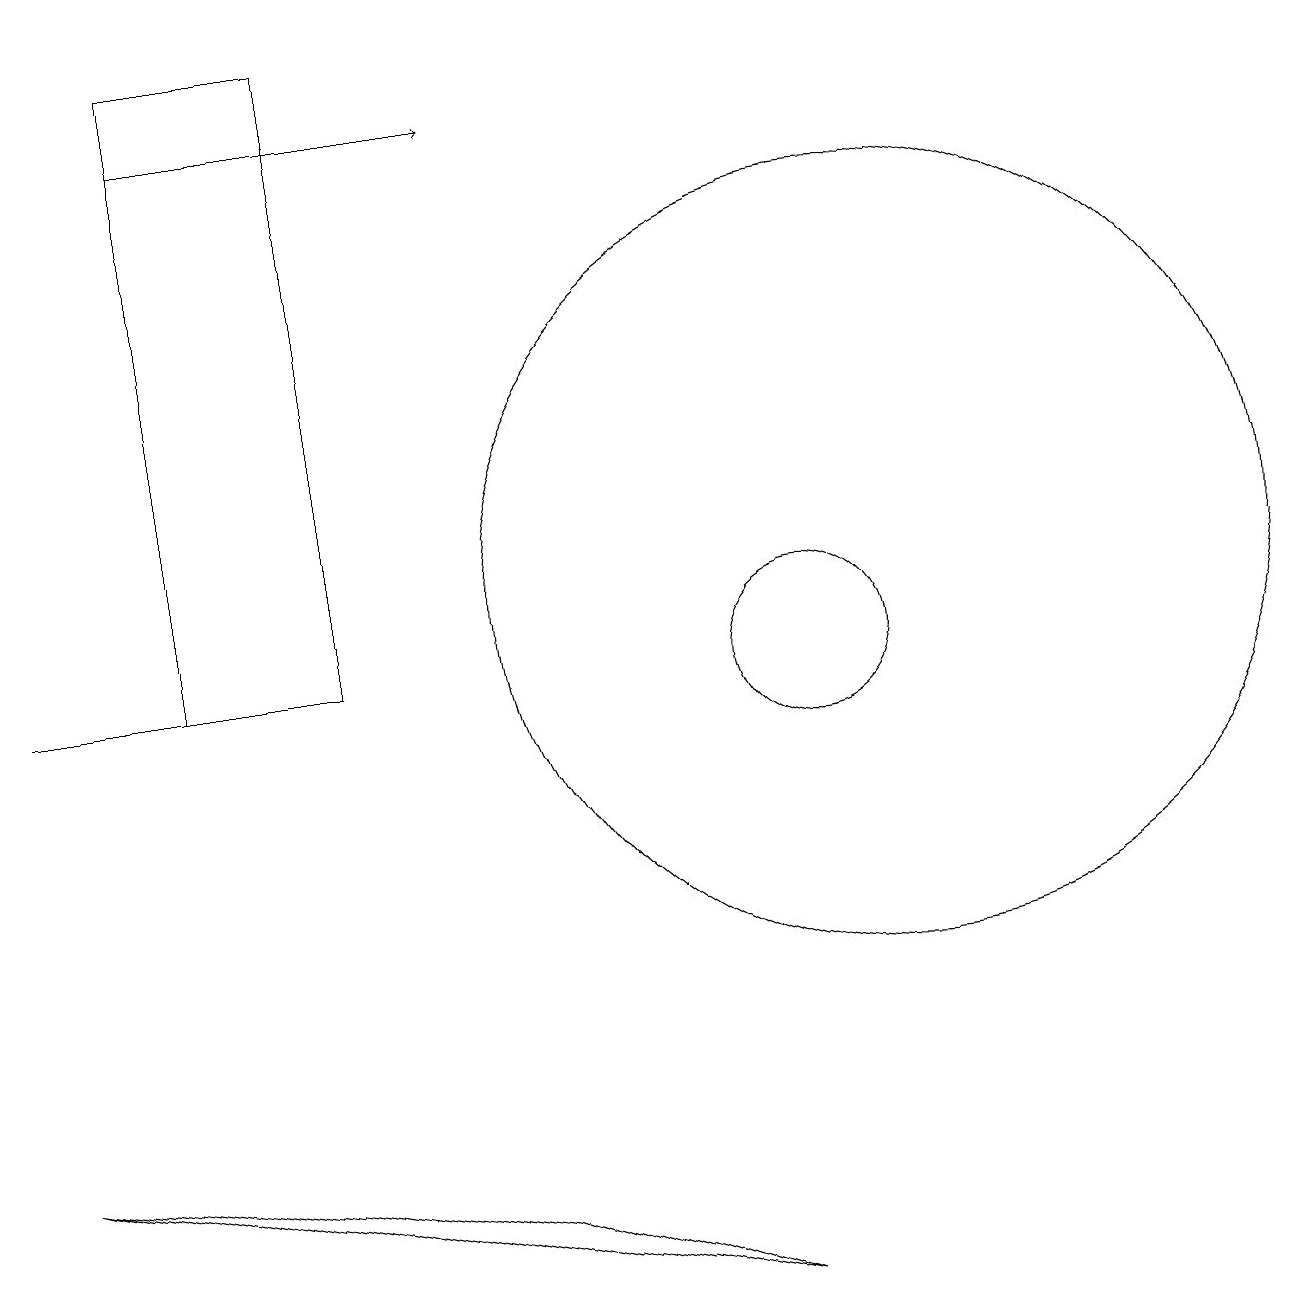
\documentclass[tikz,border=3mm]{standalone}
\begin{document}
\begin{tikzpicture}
\draw (11,12) circle (5);
\draw (9,3) -- (6,4) -- (0,5) -- cycle;
\draw (2,11) rectangle (4,19);
\draw[->] (2,18) -- (6,18);
\draw (10,11) circle (1);
\draw (0,11) rectangle (2,11);
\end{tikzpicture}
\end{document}